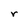
Character: r